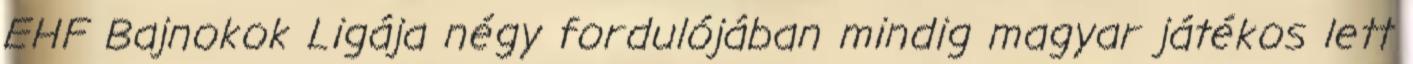
EHF Bajnokok Ligája négy fordulójában mindig magyar játékos lett